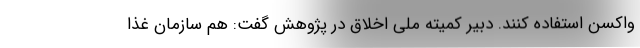
واکسن استفاده کنند. دبیر کمیته ملی اخلاق در پژوهش گفت: هم سازمان غذا